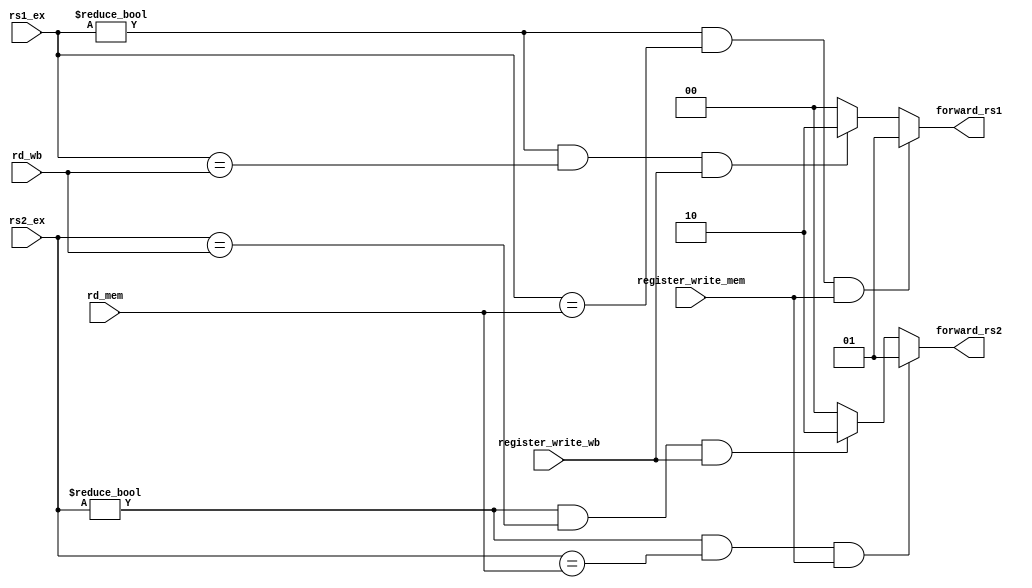
module ForwardingUnit (input[4:0] rs1_ex,              // input
                        input[4:0] rs2_ex,             // input
                        input[4:0] rd_mem,             // input 
                        input register_write_mem,      // input 
                        input[4:0] rd_wb,              // input
                        input register_write_wb,       // input
                        output reg [1:0] forward_rs1,  // output
                        output reg [1:0] forward_rs2); // output
    
    always @(*) begin
        if ((rs1_ex != 0) && (rs1_ex == rd_mem) && register_write_mem) begin
            forward_rs1 = 2'b01;
        end
        else if ((rs1_ex != 0) && (rs1_ex == rd_wb) && register_write_wb) begin
            forward_rs1 = 2'b10;
        end
        else begin
            forward_rs1 = 2'b00;
        end
    end

    always @(*) begin
        if ((rs2_ex != 0) && (rs2_ex == rd_mem) && register_write_mem) begin
            forward_rs2 = 2'b01;
        end
        else if ((rs2_ex != 0) && (rs2_ex == rd_wb) && register_write_wb) begin
            forward_rs2 = 2'b10;
        end
        else begin
            forward_rs2 = 2'b00;
        end
    end

endmodule